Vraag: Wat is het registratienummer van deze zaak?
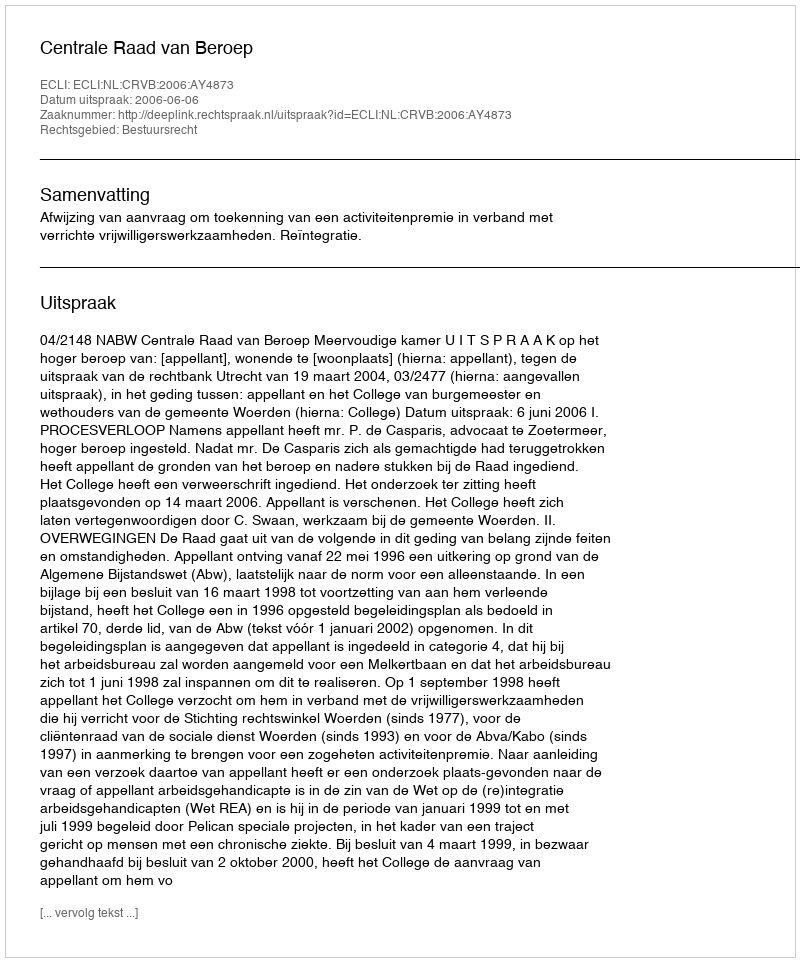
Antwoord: http://deeplink.rechtspraak.nl/uitspraak?id=ECLI:NL:CRVB:2006:AY4873